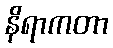
နိရာကတာ